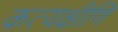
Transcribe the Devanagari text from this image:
कत्यक्षीणि